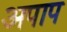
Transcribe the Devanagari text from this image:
अपाप